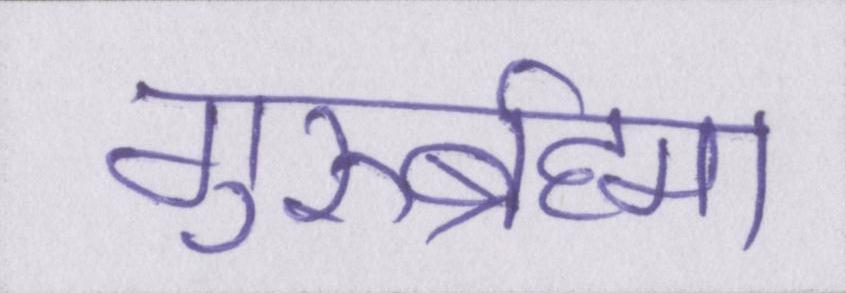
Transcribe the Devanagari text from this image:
गुरुर्ब्रह्मा